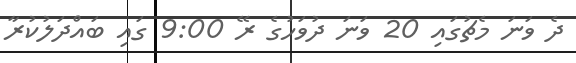
ދެ ވަނަ މެޗުގައި 20 ވަނަ ދުވަހުގެ ރޭ 9:00 ގައި ބައްދަލުކުރާ